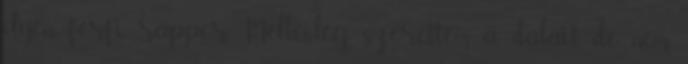
ilyen férfi rapper. Mellesleg szerettem a dalait, de nem